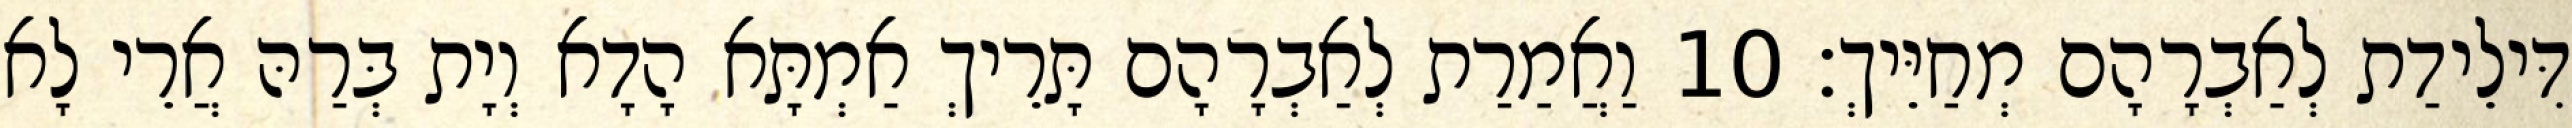
דִּילֵידַת לְאַבְרָהָם מְחַיֵּיךְ׃ 10 וַאֲמַרַת לְאַבְרָהָם תָּרֵיךְ אַמְתָּא הָדָא וְיָת בְּרַהּ אֲרֵי לָא